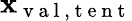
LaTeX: \mathbf{x}_{\mathrm{{~v~a~l~,~t~e~n~t~}}}